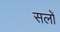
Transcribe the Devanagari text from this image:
सलों